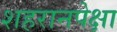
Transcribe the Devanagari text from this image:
शहरानपेक्षा